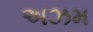
અઝમ